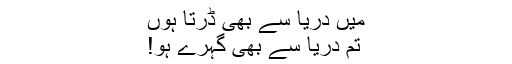
میں دریا سے بھی ڈرتا ہوں
تم دریا سے بھی گہرے ہو!